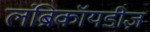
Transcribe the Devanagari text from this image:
लंब्रिकॉयडीज़